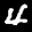
Label: 4